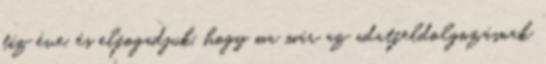
tíz éve, és elfogadjuk, hogy ma már az adat­feldolgozásnak